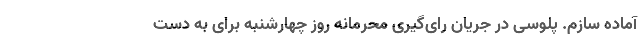
آماده سازم. پلوسی در جریان رای‌گیری محرمانه روز چهارشنبه برای به دست